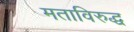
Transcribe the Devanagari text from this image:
मताविरुद्ध